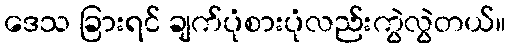
ဒေသ ခြားရင် ချက်ပုံစားပုံလည်းကွဲလွဲတယ်။